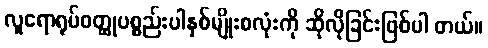
လူရောရုပ်ဝတ္ထုပစ္စည်းပါနှစ်မျိုးစလုံးကို ဆိုလိုခြင်းဖြစ်ပါ တယ်။